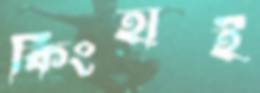
কিংহাই